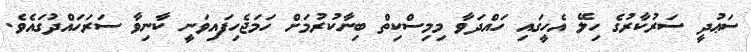
ސަޢުދީ ސަރުކާރުގެ ހިލޭ އެހީގައި ހައްދަވާ މިމިސްކިތް ބިނާކުރުމަށް ހަމަޖެހިފައިވަނީ ކާނިވާ ސަރަހައްދުގައެވެ.